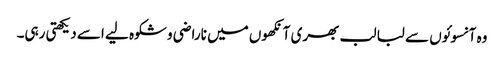
وہ آنسوئوں سے لبا لب بھری آنکھوں میں ناراضی و شکوہ لیے اسے دیکھتی رہی۔